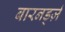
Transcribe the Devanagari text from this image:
बारनर्ड्ज़